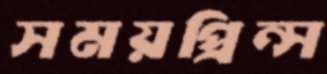
সময়প্রিন্স